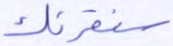
سنقرئك